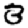
Digit: 3